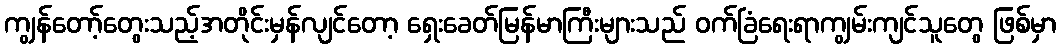
ကျွန်တော့်တွေးသည့်အတိုင်းမှန်လျင်တော့ ရှေးခေတ်မြန်မာကြီးများသည် ဝက်ခြံရေးရာကျွမ်းကျင်သူတွေ ဖြစ်မှာ